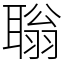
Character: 聬